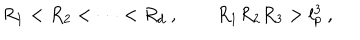
LaTeX: R _ { 1 } < R _ { 2 } < \dots < R _ { d } \ , \qquad R _ { 1 } R _ { 2 } R _ { 3 } > l _ { p } ^ { 3 } \ ,